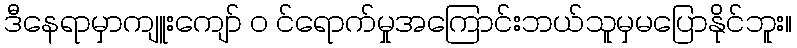
ဒီနေရာမှာကျူးကျော် ၀ င်ရောက်မှုအကြောင်းဘယ်သူမှမပြောနိုင်ဘူး။